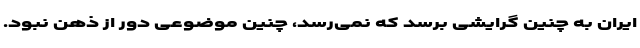
ایران به چنین گرایشی برسد که نمی‌رسد، چنین موضوعی دور از ذهن نبود.